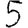
Digit: 5